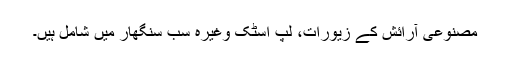
مصنوعی آرائش کے زیورات، لپ اسٹک وغیرہ سب سنگھار میں شامل ہیں۔